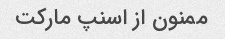
ممنون از اسنپ مارکت